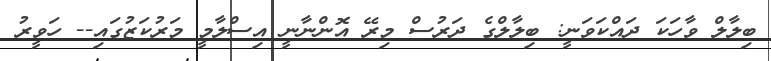
ބިލާލް ވާހަކަ ދައްކަވަނީ: ބިލާލްގެ ދަރުސް މިރޭ އޮންނާނީ އިސްލާމީ މަރުކަޒުގައި-- ހަވީރު